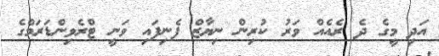
އަދި މީގެ ދެ ރެއެއް ވަރު ކުރިން ނިޔާޒް ފެނިފައި ވަނީ ޓްރެވިންޑަރަމްގެ